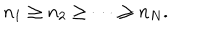
LaTeX: n _ { 1 } \ge n _ { 2 } \ge \cdots \ge n _ { N } .